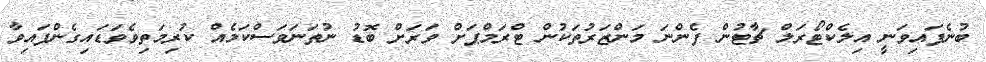
ބުނެފައިވަނީ އިލެކްޓޯރަލް ޗާޓުން ފެންނަ މަންޒަރުތަކުން ޓްރަމްޕަށް ވަރަށް ބޮޑު ނުތަނަވަސްކަމެއް ކުރިމަތިވެވަޑައިގެންފައިވާ